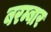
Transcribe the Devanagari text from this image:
बरम्बार